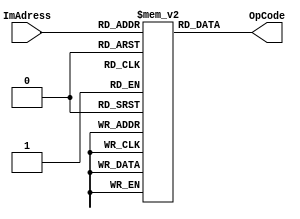


module IM(OpCode,ImAdress);
	input [4:0] ImAdress;
	
	output [31:0]  OpCode;
	
	reg[31:0] Opcode;
	
	reg [31:0]  IMem[1024:0];
	
	always@(ImAdress)
	begin
		     Opcode = IMem[ImAdress];	
	end
	assign OpCode = Opcode;
endmodule